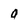
Character: O